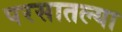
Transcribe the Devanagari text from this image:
परसातल्या